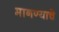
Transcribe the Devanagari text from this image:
मानण्याचे